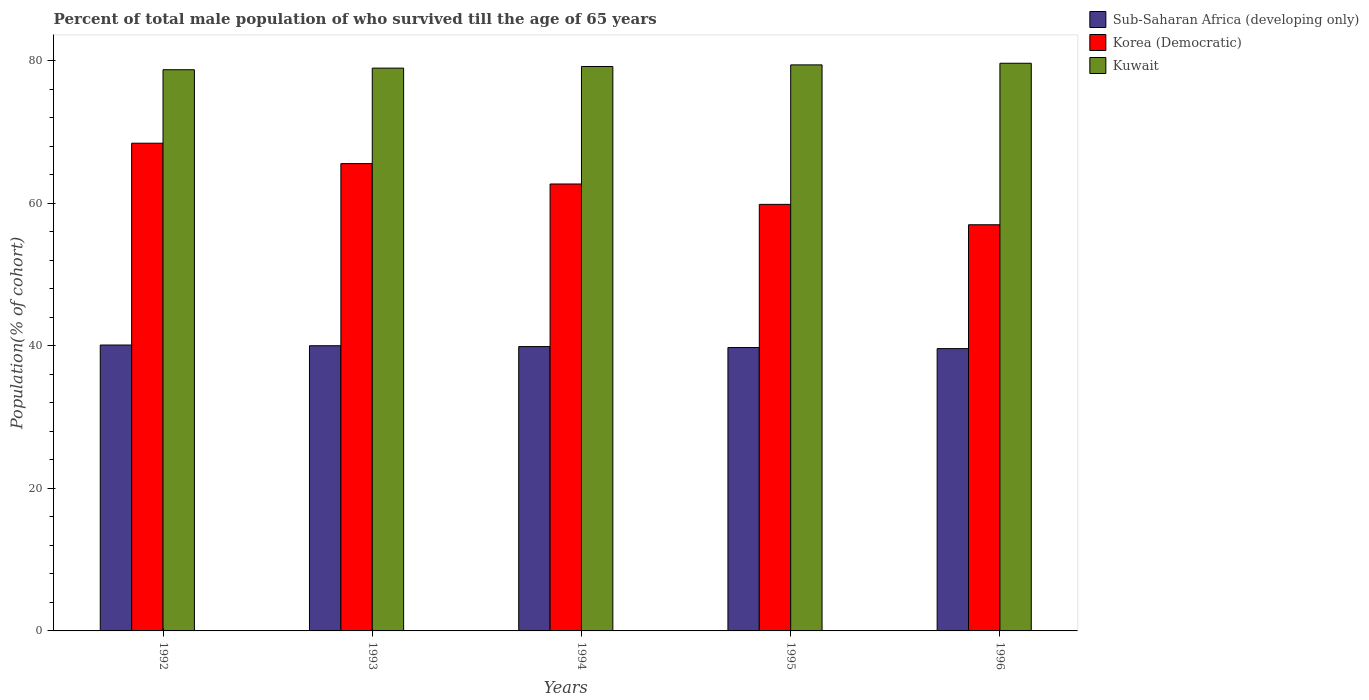
| Years | Sub-Saharan Africa (developing only) | Korea (Democratic) | Kuwait |
 | --- | --- | --- | --- |
 | 1992 | 40.1 | 68.4 | 78.7 |
 | 1993 | 40 | 65.6 | 79 |
 | 1994 | 39.9 | 62.7 | 79.2 |
 | 1995 | 39.8 | 59.8 | 79.4 |
 | 1996 | 39.6 | 57 | 79.6 |